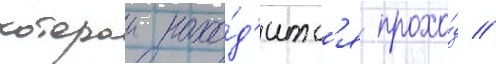
которои нахо́д'итс'я прохо́д //